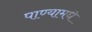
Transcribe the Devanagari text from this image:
पाण्यामधे